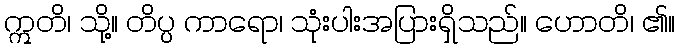
ဣတိ၊ သို့။ တိပ္ပ ကာရော၊ သုံးပါးအပြားရှိသည်။ ဟောတိ၊ ၏။